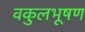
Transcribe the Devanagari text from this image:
वकुलभूषण